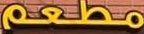
مطعم